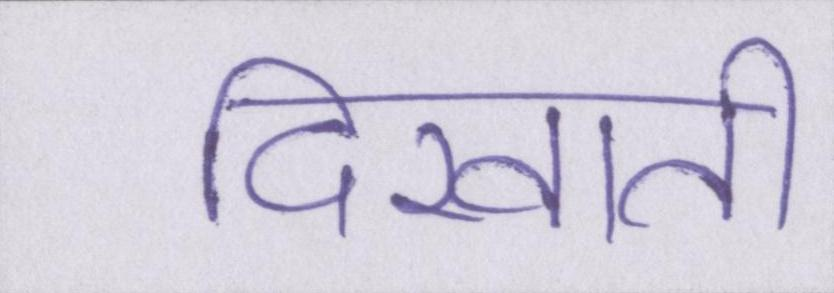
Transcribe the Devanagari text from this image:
दिखाती